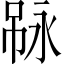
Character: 𠶇